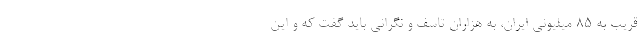
قریب به 85 میلیونی ایران، به هزاران تاسف و نگرانی باید گفت که و این